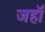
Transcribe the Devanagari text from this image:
जहॉँ